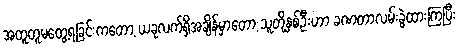
အတူတူမတွေ့ရခြင်းကတော့ ယခုလက်ရှိအချိန်မှာတော့ သူတို့နှစ်ဦးဟာ ခဏတာလမ်းခွဲထားကြပြီး